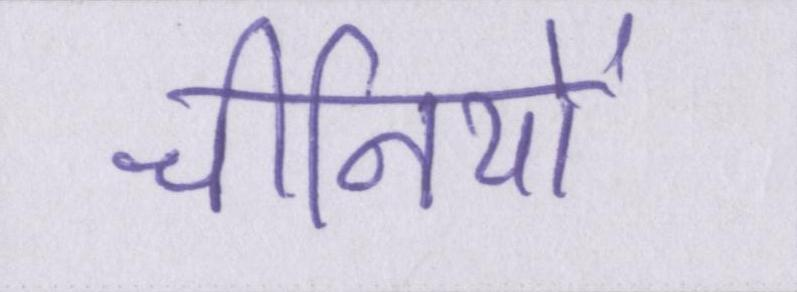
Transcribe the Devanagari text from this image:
चीनियों